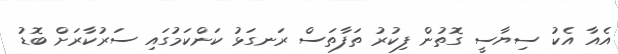
އެއާ އެކު ސިޔާސީ ގޮތުން ފިކުރު ތަފާތަސް ރަނގަޅު ކަންކަމުގައި ސަރުކާރަށް ބޮޑު